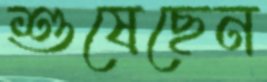
শুষেছেন